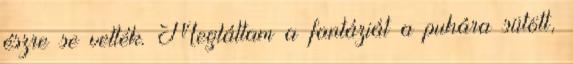
észre se vették. Megláttam a fantáziát a puhára sütött,